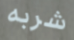
شربه